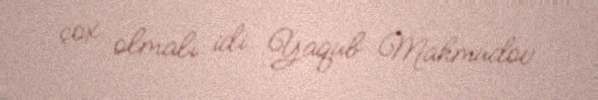
çox olmalı idi. Yaqub Mahmudov.